Lunatic asylums in Bengal annual reports 1899-1911 - 1899-1911
Year: 1899
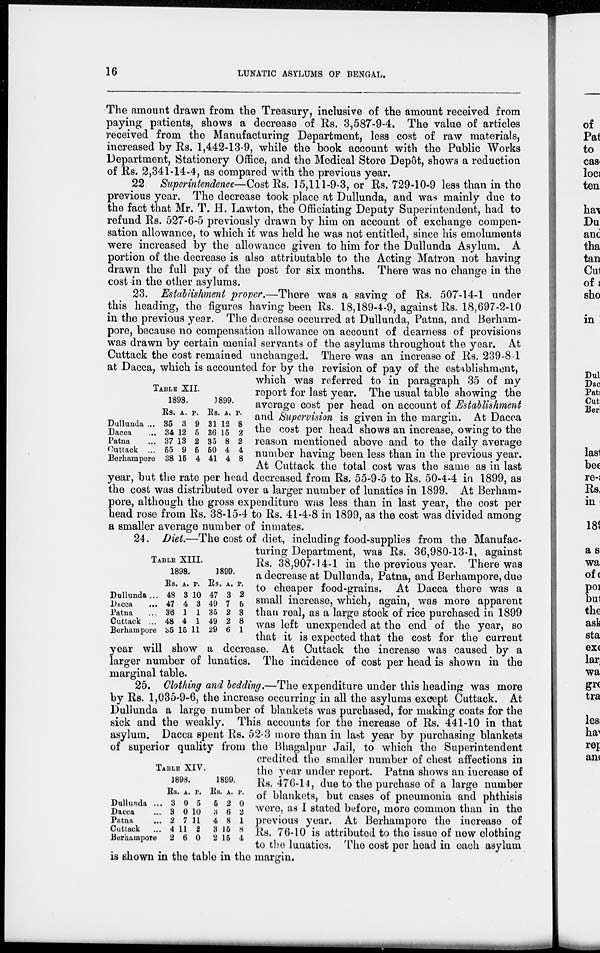
16
LUNATIC ASYLUMS OF BENGAL.
The amount drawn from the Treasury, inclusive of the amount received from
paying patients, shows a decrease of Rs. 3,587-9-4. The value of articles
received from the Manufacturing Department, less cost of raw materials,
increased by Rs. 1,442-13-9, while the book account with the Public Works
Department, Stationery Office, and the Medical Store Depôt, shows a reduction
of Rs. 2,341-14-4, as compared with the previous year.
22 Superintendence—Cost Rs. 15,111-9-3, or Rs. 729-10-9 less than in the
previous year. The decrease took place at Dullunda, and was mainly due to
the fact that Mr. T. H. Lawton, the Officiating Deputy Superintendent, had to
refund Rs. 527-6-5 previously drawn by him on account of exchange compen-
sation allowance, to which it was held he was not entitled, since his emoluments
were increased by the allowance given to him for the Dullunda Asylum. A
portion of the decrease is also attributable to the Acting Matron not having
drawn the full pay of the post for six months. There was no change in the
cost in the other asylums.
23. Establishment proper.—There was a saving of Rs. 507-14-1 under
this heading, the figures having been Rs. 18,189-4-9, against Rs. 18,697-2-10
in the previous year. The decrease occurred at Dullunda, Patna, and Berham-
pore, because no compensation allowance on account of dearness of provisions
was drawn by certain menial servants of the asylums throughout the year. At
Cuttack the cost remained unchanged. There was an increase of Rs. 239-8-1
at Dacca, which is accounted for by the revision of pay of the establishment,
which was referred to in paragraph 35 of my
report for last year. The usual table showing the
average cost per head on account of Establishment
and Supervision is given in the margin. At Dacca
the cost per head shows an increase, owing to the
reason mentioned above and to the daily average
number having been less than in the previous year.
At Cuttack the total cost was the same as in last
year, but the rate per head decreased from Rs. 55-9-5 to Rs. 50-4-4 in 1899, as
the cost was distributed over a larger number of lunatics in 1899. At Berham-
pore, although the gross expenditure was less than in last year, the cost per
head rose from Rs. 38-15-4 to Rs. 41-4-8 in 1899, as the cost was divided among
a smaller average number of inmates.
TABLE XII.
Dullunda ...
Dacca ...
Patna ...
Cuttack ...
Berhampore
1898.
Rs.
35
34
37
55
38
A.
3
12
13
9
15
P.
9
5
2
5
4
1899.
Rs.
31
36
35
50
41
A.
12
15
8
4
4
P.
8
2
2
4
8
24. Diet.—The cost of diet, including food-supplies from the Manufac-
turing Department, was Rs. 36,980-13-1, against
Rs. 38,907-14-1 in the previous year. There was
a decrease at Dullunda, Patna, and Berhampore, due
to cheaper food-grains. At Dacca there was a
small increase, which, again, was more apparent
than real, as a large stock of rice purchased in 1899
was left unexpended at the end of the year, so
that it is expected that the cost for the current
year will show a decrease. At Cuttack the increase was caused by a
larger number of lunatics. The incidence of cost per head is shown in the
marginal table.
TABLE XIII.
Dullunda ...
Dacca
...
Patna ...
Cuttack ...
Berhampore
1898.
Rs.
48
47
36
48
35
A.
3
4
1
4
15
P.
10
3
1
1
11
1899.
Rs.
47
49
35
49
29
A.
3
7
2
2
6
P.
2
5
3
8
1
25. Clothing and bedding.—The expenditure under this heading was more
by Rs. 1,035-9-6, the increase occurring in all the asylums except Cuttack. At
Dullunda a large number of blankets was purchased, for making coats for the
sick and the weakly. This accounts for the increase of Rs. 441-10 in that
asylum. Dacca spent Rs. 52-3 more than in last year by purchasing blankets
of superior quality from the Bhagalpur Jail, to which the Superintendent
credited the smaller number of chest affections in
the year under report. Patna shows an increase of
Rs. 476-14, due to the purchase of a large number
of blankets, but cases of pneumonia and phthisis
were, as I stated before, more common than in the
previous year. At Berhampore the increase of
Rs. 76-10 is attributed to the issue of new clothing
to the lunatics. The cost per head in each asylum
is shown in the table in the margin.
TABLE XIV.
Dullunda ...
Dacca ...
Patna
...
Cuttack ...
Berhampore
1898.
Rs.
3
3
2
4
2
A.
0
0
7
11
6
P.
5
10
11
2
0
1899.
Rs.
5
3
4
3
2
A.
2
6
8
15
15
P.
0
2
1
8
4